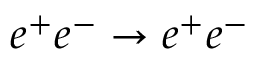
e ^ { + } e ^ { - } \rightarrow e ^ { + } e ^ { - }